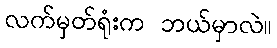
လက်မှတ်ရုံးက ဘယ်မှာလဲ။